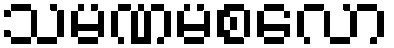
သမဏမစလော